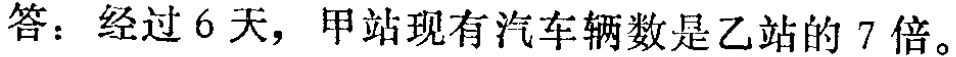
答：经过 6 天，甲站现有汽车辆数是乙站的 7 倍。